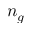
n _ { g }